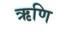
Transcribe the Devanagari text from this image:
ऋणि